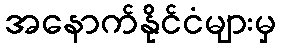
အနောက်နိုင်ငံများမှ